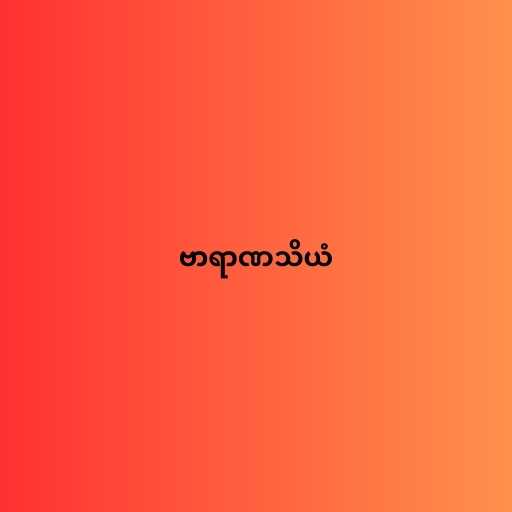
ဗာရာဏသိယံ